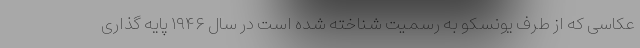
عکاسی که از طرف یونسکو به رسمیت شناخته شده است در سال ۱۹۴۶ پایه گذاری